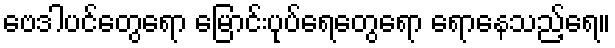
ဗေဒါပင်တွေရော မြောင်းပုပ်ရေတွေရော ရောနေသည့်ရေ။